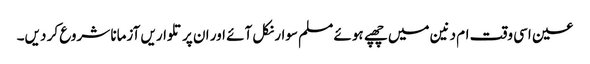
عین اسی وقت ام دنین میں چھپے ہوئے مسلم سوار نکل آئے اور ان پر تلواریں آزمانا شروع کر دیں۔